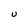
Character: U